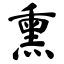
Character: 熏